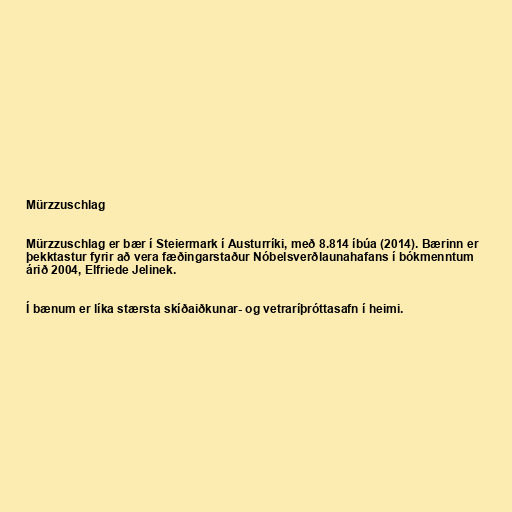
Mürzzuschlag

Mürzzuschlag er bær í Steiermark í Austurríki, með 8.814 íbúa (2014). Bærinn er
þekktastur fyrir að vera fæðingarstaður Nóbelsverðlaunahafans í bókmenntum
árið 2004, Elfriede Jelinek.

Í bænum er líka stærsta skíðaiðkunar- og vetraríþróttasafn í heimi.